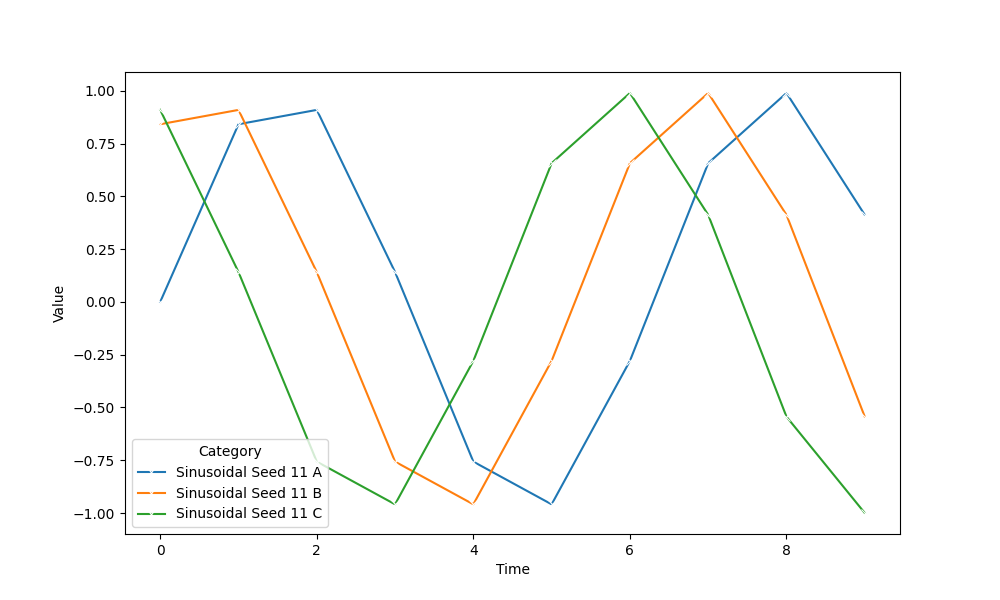
python, seaborn, lineplot, style='solid', marker='x'